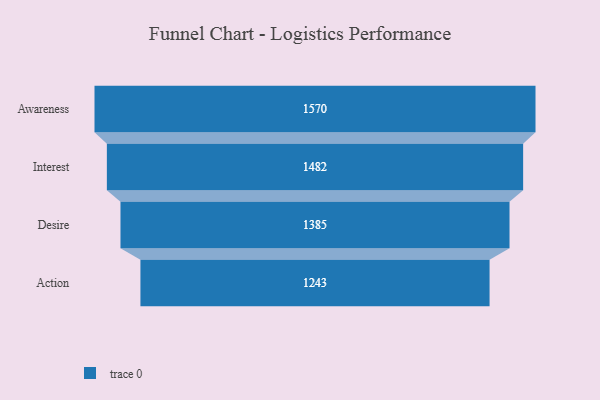
{"axis": {"x": "Stage", "y": "Value"}, "legend": [""], "data": [{"x": "Awareness", "y": 1570.0, "type": ""}, {"x": "Interest", "y": 1482.0, "type": ""}, {"x": "Desire", "y": 1385.0, "type": ""}, {"x": "Action", "y": 1243.0, "type": ""}]}